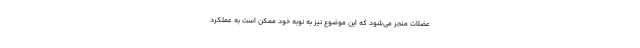
عضلات منجر می‌شود که این موضوع نیز به نوبه خود ممکن است به عملکرد